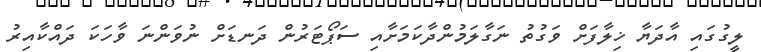
ލީގުގައި އާދަޔާ ޚިލާފަށް ވަގުތު ނަގާލަމުންދާކަމަށާއި ސަޕޯޓަރުން ދަނޑަށް ނުވަންނަ ވާހަކަ ދައްކާއިރު